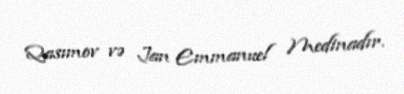
Qasımov və Jan Emmanuel Medinadır.